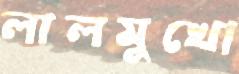
লালমুখো